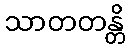
သာတတန္တိ